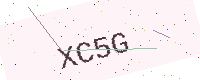
Text: XC5G